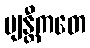
ဗျန္တီကတေ